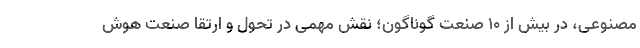
مصنوعی، در بیش از 10 صنعت گوناگون؛ نقش مهمی در تحول و ارتقا صنعت هوش